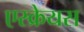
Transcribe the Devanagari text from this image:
एस्क्रेयस